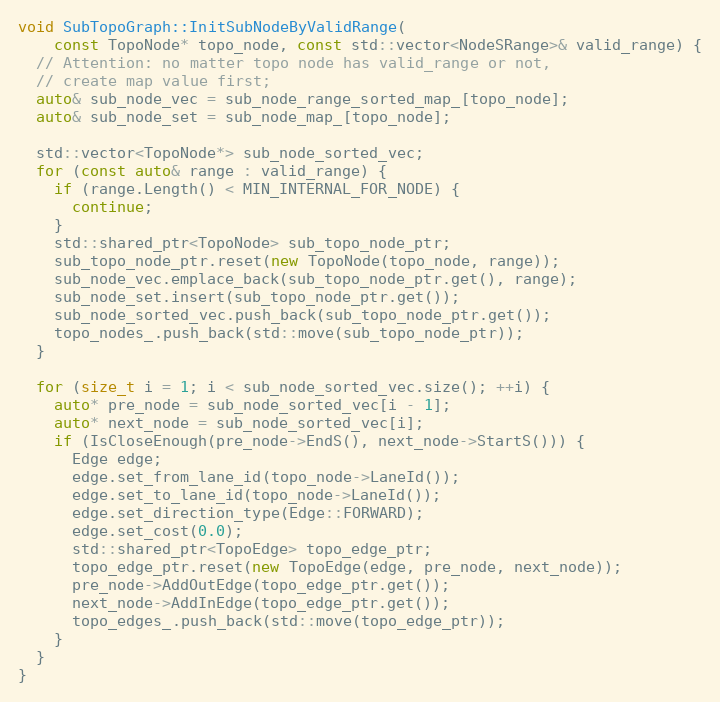
Language: C++
void SubTopoGraph::InitSubNodeByValidRange(
    const TopoNode* topo_node, const std::vector<NodeSRange>& valid_range) {
  // Attention: no matter topo node has valid_range or not,
  // create map value first;
  auto& sub_node_vec = sub_node_range_sorted_map_[topo_node];
  auto& sub_node_set = sub_node_map_[topo_node];

  std::vector<TopoNode*> sub_node_sorted_vec;
  for (const auto& range : valid_range) {
    if (range.Length() < MIN_INTERNAL_FOR_NODE) {
      continue;
    }
    std::shared_ptr<TopoNode> sub_topo_node_ptr;
    sub_topo_node_ptr.reset(new TopoNode(topo_node, range));
    sub_node_vec.emplace_back(sub_topo_node_ptr.get(), range);
    sub_node_set.insert(sub_topo_node_ptr.get());
    sub_node_sorted_vec.push_back(sub_topo_node_ptr.get());
    topo_nodes_.push_back(std::move(sub_topo_node_ptr));
  }

  for (size_t i = 1; i < sub_node_sorted_vec.size(); ++i) {
    auto* pre_node = sub_node_sorted_vec[i - 1];
    auto* next_node = sub_node_sorted_vec[i];
    if (IsCloseEnough(pre_node->EndS(), next_node->StartS())) {
      Edge edge;
      edge.set_from_lane_id(topo_node->LaneId());
      edge.set_to_lane_id(topo_node->LaneId());
      edge.set_direction_type(Edge::FORWARD);
      edge.set_cost(0.0);
      std::shared_ptr<TopoEdge> topo_edge_ptr;
      topo_edge_ptr.reset(new TopoEdge(edge, pre_node, next_node));
      pre_node->AddOutEdge(topo_edge_ptr.get());
      next_node->AddInEdge(topo_edge_ptr.get());
      topo_edges_.push_back(std::move(topo_edge_ptr));
    }
  }
}